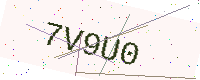
Text: 7V9U0